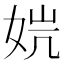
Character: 𰌁